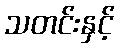
သတင်းနှင့်